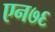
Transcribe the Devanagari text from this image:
एन७६